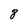
Character: 8